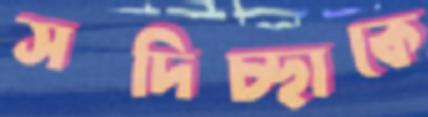
সদিচ্ছাকে